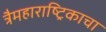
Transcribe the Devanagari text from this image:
त्रैमहाराष्ट्रिकाचा